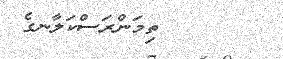
ތިމަންރަސްކަލާނގެ